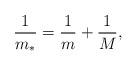
LaTeX: \begin{align*}{1\over m_*}= {1\over m}+{1\over M},\end{align*}